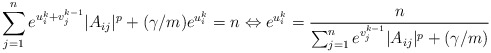
\begin{align*}\sum_{j = 1}^ne^{u_i^{k}+v^{k-1}_j}|A_{ij}|^p + (\gamma/m) e^{u_i^{k}}= n \Leftrightarrow e^{u_i^{k}} = \frac{n}{\sum_{j = 1}^ne^{v^{k-1}_j}|A_{ij}|^p + (\gamma/m)}\end{align*}